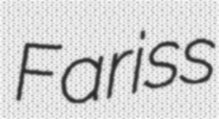
Fariss